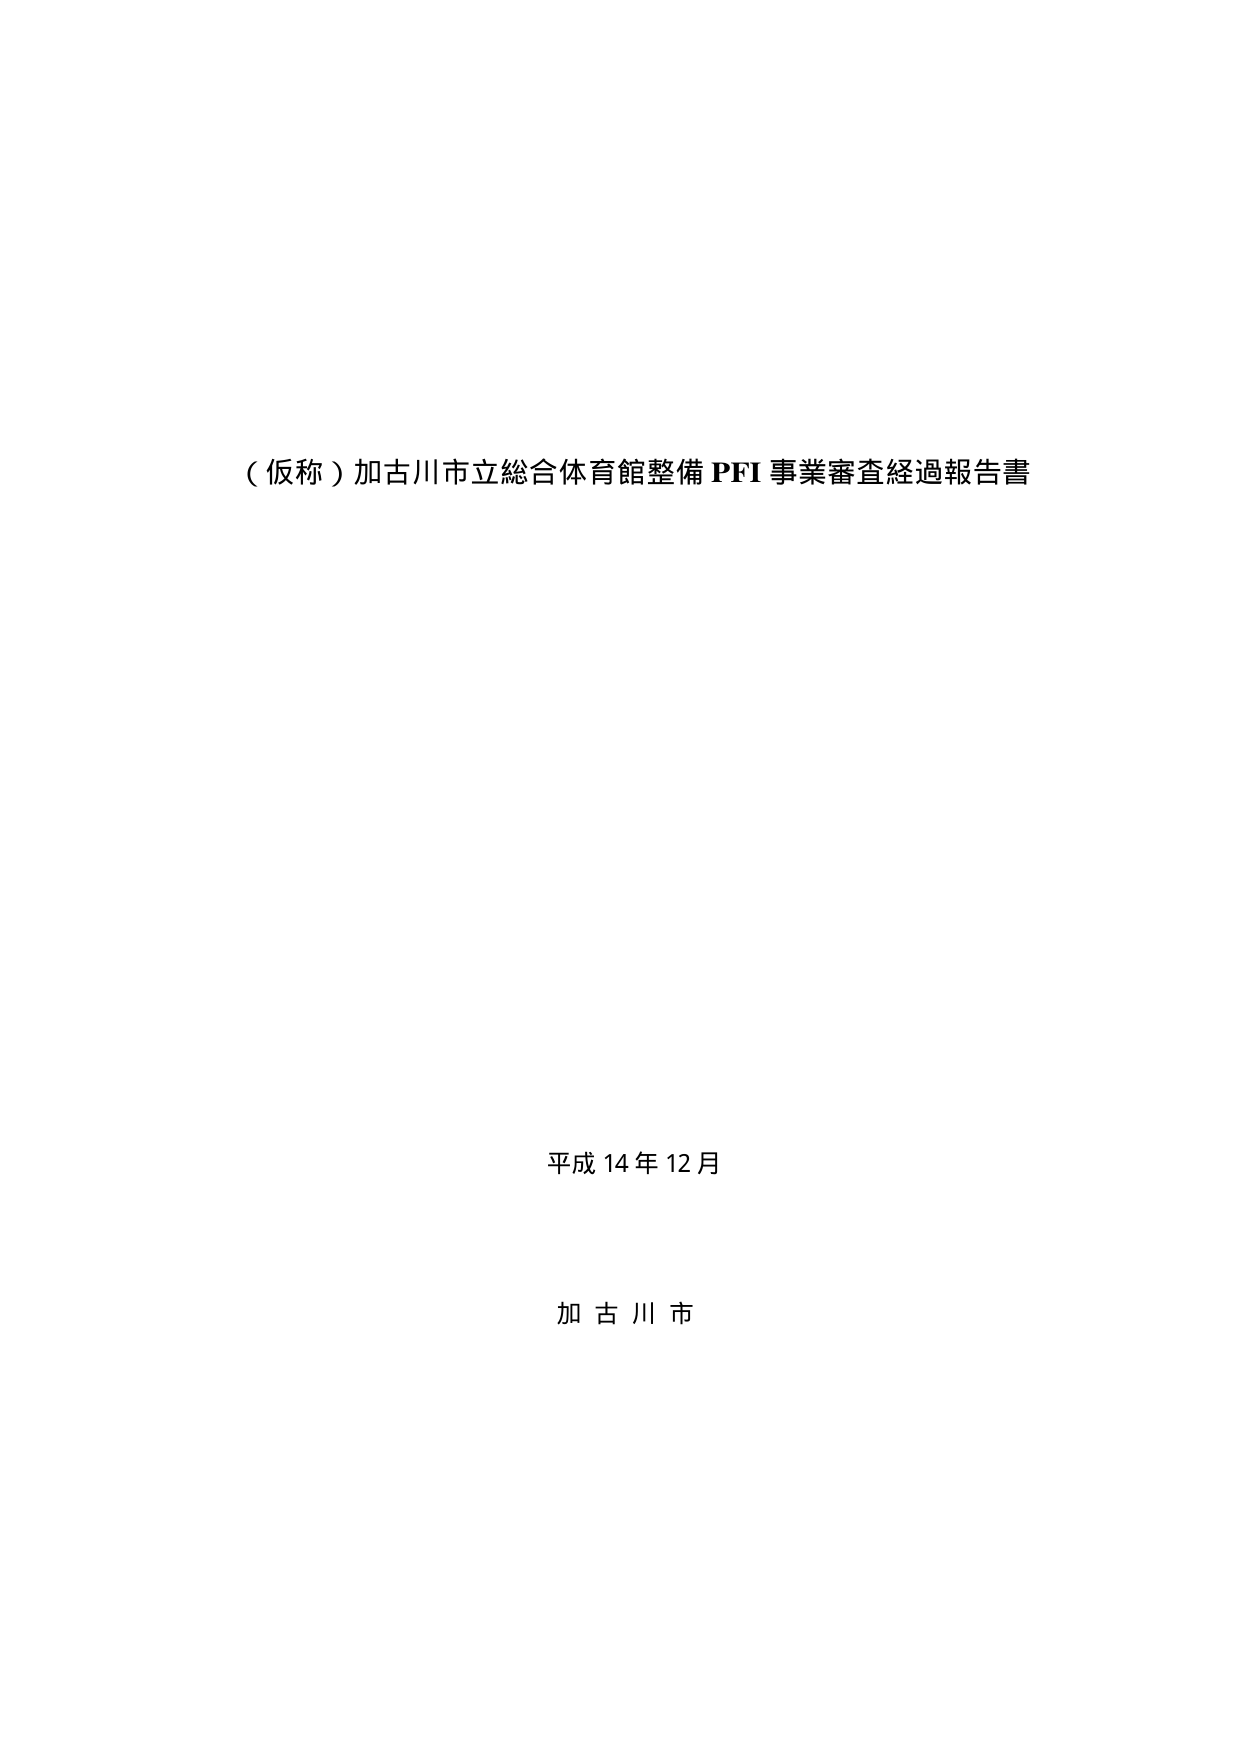
（仮称）加古川市立総合体育館整備 PFI 事業審査経過報告書

平成 14 年 12 月

加古川市